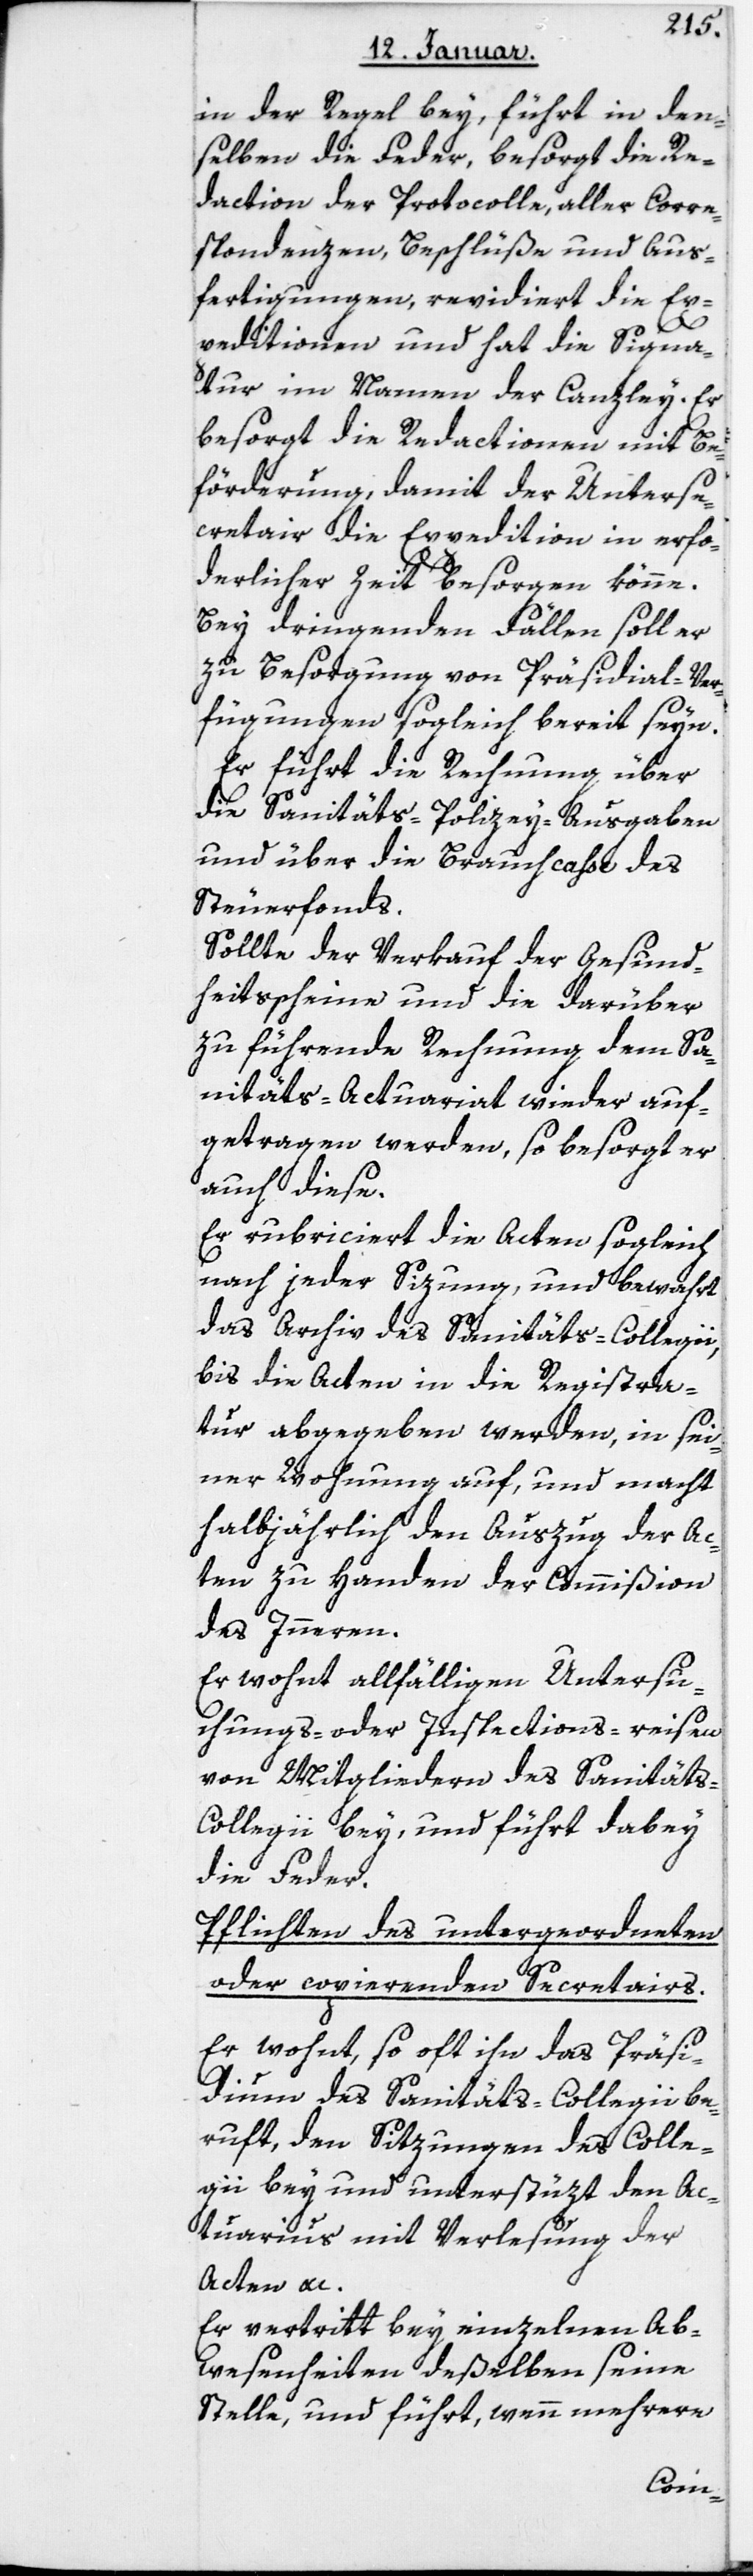
in der Regel bey, führt in den¬
selben die Feder, besorgt die Re¬
daction der Protocolle, aller Corre¬
spondenzen, Beschlüße und Aus¬
fertigungen, revidiert die Ex¬
peditionen und hat die Signa¬
tur im Namen der Canzley. Er
besorgt die Redactionen mit Be¬
förderung, damit der Unterse¬
cretair die Expedition in erfor¬
derlicher Zeit besorgen könne.
Bey dringenden Fällen soll er
zu Besorgung von Präsidial-Ver¬
fügungen sogleich bereit seyn.
Er führt die Rechnung über
die Sanitäts-Polizey-Ausgaben
und über die Brauchkaße des
Steuerfonds.
Sollte der Verkauf der Gesund¬
heitsscheine und die darüber
zu führende Rechnung dem Sa¬
nitäts-Actuariat wieder auf¬
getragen werden, so besorgt er
auch diese.
Er rubriciert die Acten sogleich
nach jeder Sizung, und bewahrt
das Archiv des Sanitäts-Collegii,
bis die Acten in die Registra¬
tur abgegeben werden, in sei¬
ner Wohnung auf, und macht
halbjährlich den Auszug der Ac¬
ten zu Handen der Commißion
des Innern.
Er wohnt allfälligen Untersu¬
chungs- oder Inspections-Reisen
von Mitgliedern des Sanitäts-C¬
ollegii bey und führt dabey
die Feder.
Pflichten des untergeordneten
oder copierenden Secretairs.
Er wohnt, so oft ihn das Präsi¬
dium des Sanitäts-Collegii be¬
ruft, den Sitzungen des Colle¬
gii bey und unterstüzt den Ac¬
tuarius mit Verlesung der
Acten etc.
Er vertritt bey einzelnen Ab¬
wesenheiten deßelben seine
Stelle, und führt, wenn mehrere